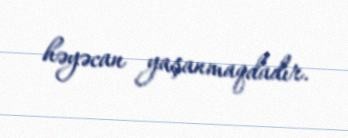
həyəcan yaşanmaqdadır.